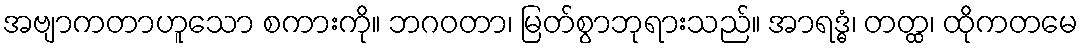
အဗျာကတာဟူသော စကားကို။ ဘဂဝတာ၊ မြတ်စွာဘုရားသည်။ အာရဒ္ဓံ၊ တတ္ထ၊ ထိုကတမေ